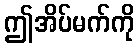
ဤအိပ်မက်ကို